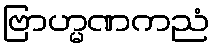
ဗြာဟ္မဏကညံ